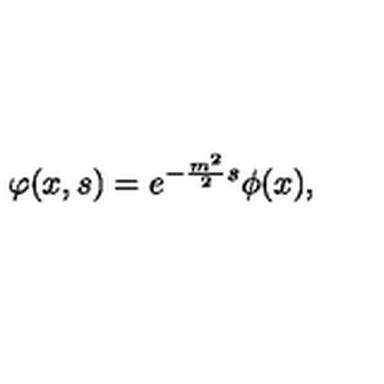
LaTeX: \varphi ( x , s ) = e ^ { - \frac { m ^ { 2 } } { 2 } s } \phi ( x ) ,